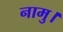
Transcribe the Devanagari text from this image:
नामु।